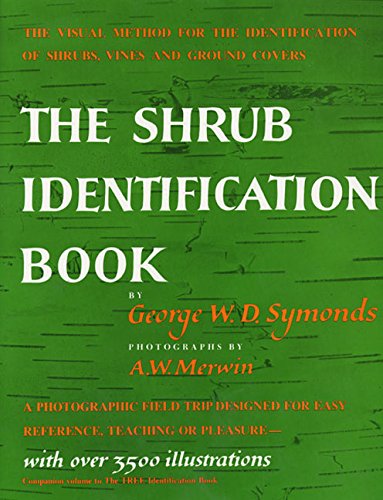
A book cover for The Shrub Identification Book:  The Visual Method for the Practical Identification of Shrubs, Including Woody Vines and Ground Covers; George W. Symonds; Crafts, Hobbies & Home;